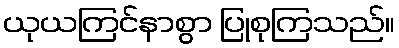
ယုယကြင်နာစွာ ပြုစုကြသည်။